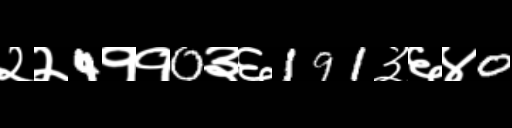
Text: २२4११0३६191३६४0